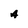
Character: A